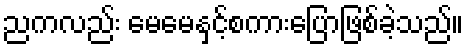
ညကလည်း မေမေနှင့်စကားပြောဖြစ်ခဲ့သည်။